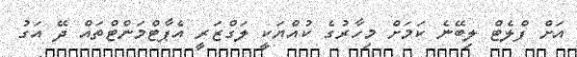
އަށް ފްލެޓް ލިބޭނެ ކަމަށް މިހާރުގެ ކުއްޔަކީ ލަގްޒަރީ އެޕާޓްމަންޓްތައް ދޭ އަގު